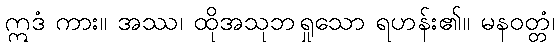
ဣဒံ ကား။ အဿ၊ ထိုအသုဘရှုသော ရဟန်း၏။ မနဝတ္တံ၊